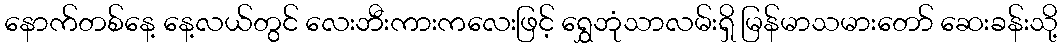
နောက်တစ်နေ့ နေ့လယ်တွင် လေးဘီးကားကလေးဖြင့် ရွှေဘုံသာလမ်းရှိ မြန်မာသမားတော် ဆေးခန်းသို့